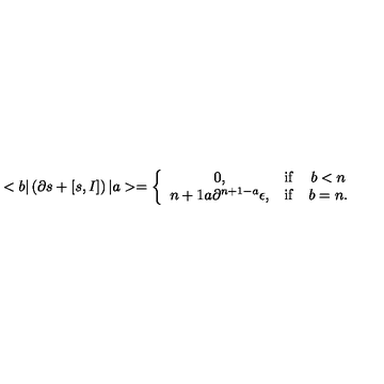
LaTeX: < b | \left( \partial s + \left[ s , I \right] \right) | a > = \left\{ \begin{array} { c c c } { 0 , } & { \mathrm { i f } } & { b < n } \\ { { \binom { n + 1 } { a } } \partial ^ { n + 1 - a } \epsilon , } & { \mathrm { i f } } & { b = n . } \\ \end{array} \right.